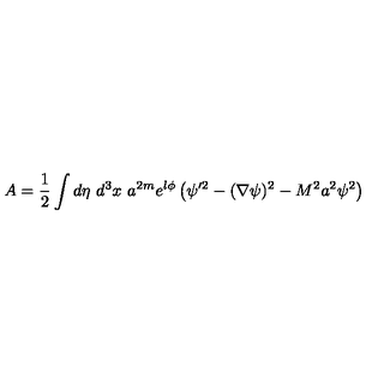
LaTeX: A = { \small \frac { 1 } { 2 } } \int d \eta \ d ^ { 3 } x \ a ^ { 2 m } e ^ { l \phi } \left( \psi ^ { \prime 2 } - ( \nabla \psi ) ^ { 2 } - M ^ { 2 } a ^ { 2 } \psi ^ { 2 } \right)